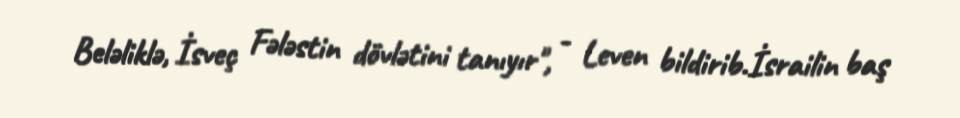
Beləliklə, İsveç Fələstin dövlətini tanıyır", - Leven bildirib.İsrailin baş